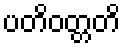
ပတိဝတ္တတိ